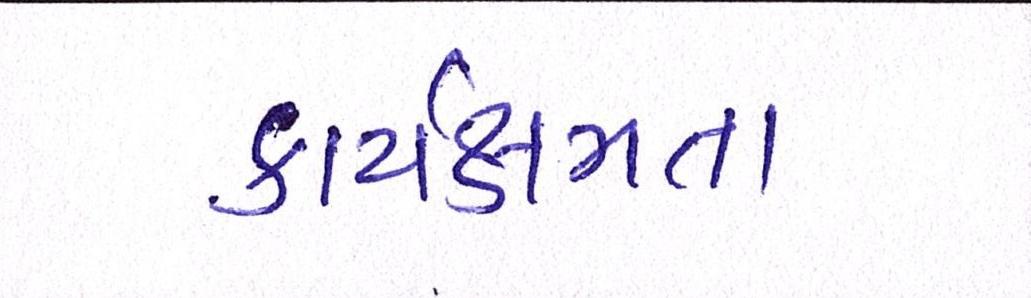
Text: કાર્યક્ષમતા